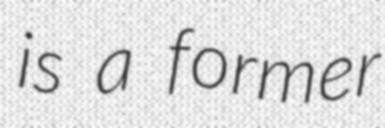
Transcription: is a former